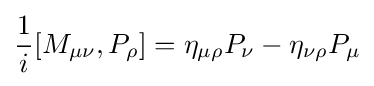
{\frac {1}{i}}[M_{\mu \nu },P_{\rho }]=\eta _{\mu \rho }P_{\nu }-\eta _{\nu \rho }P_{\mu }